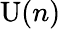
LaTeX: {\mathrm{U}}(n)